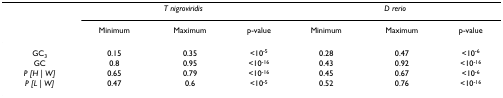
<table><thead><tr><td></td><td colspan="3"><b><i>T nigroviridis</i></b></td><td colspan="3"><b><i>D rerio</i></b></td></tr><tr><td></td><td><b>Minimum</b></td><td><b>Maximum</b></td><td><b>p-value</b></td><td><b>Minimum</b></td><td><b>Maximum</b></td><td><b>p-value</b></td></tr></thead><tbody><tr><td>GC<sub>3</sub></td><td>0.15</td><td>0.35</td><td>&lt;10<sup>-5</sup></td><td>0.28</td><td>0.47</td><td>&lt;10<sup>-6</sup></td></tr><tr><td>GC</td><td>0.8</td><td>0.95</td><td>&lt;10<sup>-16</sup></td><td>0.43</td><td>0.92</td><td>&lt;10<sup>-16</sup></td></tr><tr><td><i>P [H | W]</i></td><td>0.65</td><td>0.79</td><td>&lt;10<sup>-16</sup></td><td>0.45</td><td>0.67</td><td>&lt;10<sup>-6</sup></td></tr><tr><td><i>P [L | W]</i></td><td>0.47</td><td>0.6</td><td>&lt;10<sup>-5</sup></td><td>0.52</td><td>0.76</td><td>&lt;10<sup>-16</sup></td></tr></tbody></table>